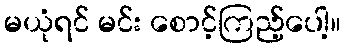
မယုံရင် မင်း စောင့်ကြည့်ပေါ့။